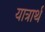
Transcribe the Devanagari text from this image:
यात्रार्थ